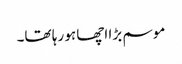
موسم بڑا اچھا ہو رہا تھا۔